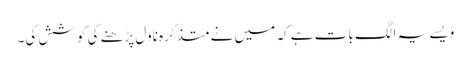
ویسے یہ الگ بات ہے کہ میں نے متذکرہ ناول پڑھنے کی کوشش کی۔